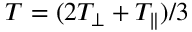
{ \cal T } = ( 2 T _ { \perp } + T _ { \parallel } ) / 3